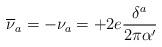
LaTeX: \begin{align*}\overline{\nu }_{a}=-\nu _{a}=+2e\frac{\delta ^{a}}{2\pi \alpha '}\end{align*}